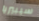
سيبيريا